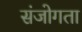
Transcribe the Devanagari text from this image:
संजोगता